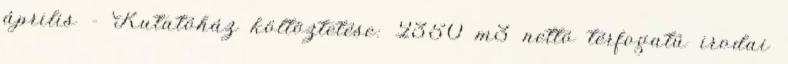
április - Kutatóház költöztetése: 2350 m3 nettó térfogatú irodai